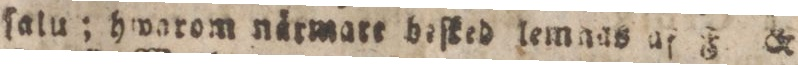
ſalu; hwarom nårmart beſked lemnas af F. &